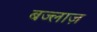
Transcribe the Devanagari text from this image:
बज्लाज़